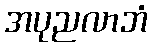
အပုညလာဘံ